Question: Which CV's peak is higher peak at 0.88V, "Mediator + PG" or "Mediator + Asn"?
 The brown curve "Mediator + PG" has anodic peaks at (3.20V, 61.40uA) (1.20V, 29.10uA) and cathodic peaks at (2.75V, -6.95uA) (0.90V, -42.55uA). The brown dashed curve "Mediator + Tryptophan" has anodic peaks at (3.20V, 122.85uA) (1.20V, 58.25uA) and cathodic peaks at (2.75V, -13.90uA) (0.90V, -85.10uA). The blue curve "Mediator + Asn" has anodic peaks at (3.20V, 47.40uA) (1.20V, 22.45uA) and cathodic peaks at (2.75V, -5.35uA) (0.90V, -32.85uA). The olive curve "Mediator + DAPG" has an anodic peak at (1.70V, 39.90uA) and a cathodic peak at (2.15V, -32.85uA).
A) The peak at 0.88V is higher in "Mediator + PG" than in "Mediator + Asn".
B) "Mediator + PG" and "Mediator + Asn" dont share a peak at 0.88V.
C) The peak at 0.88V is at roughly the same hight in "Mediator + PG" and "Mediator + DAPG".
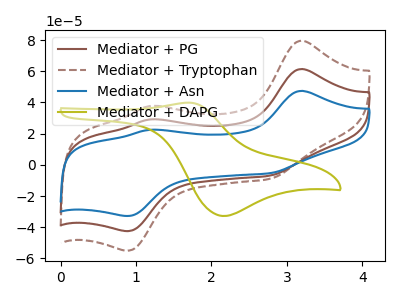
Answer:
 <answer>A) The peak at 0.88V is higher in "Mediator + PG" than in "Mediator + Asn".</answer>
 <eval>A</eval>